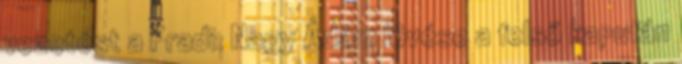
vezetést a Fradi: Nagy Ádám lövése a felső kapufán